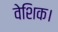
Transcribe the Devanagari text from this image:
वेशिक।